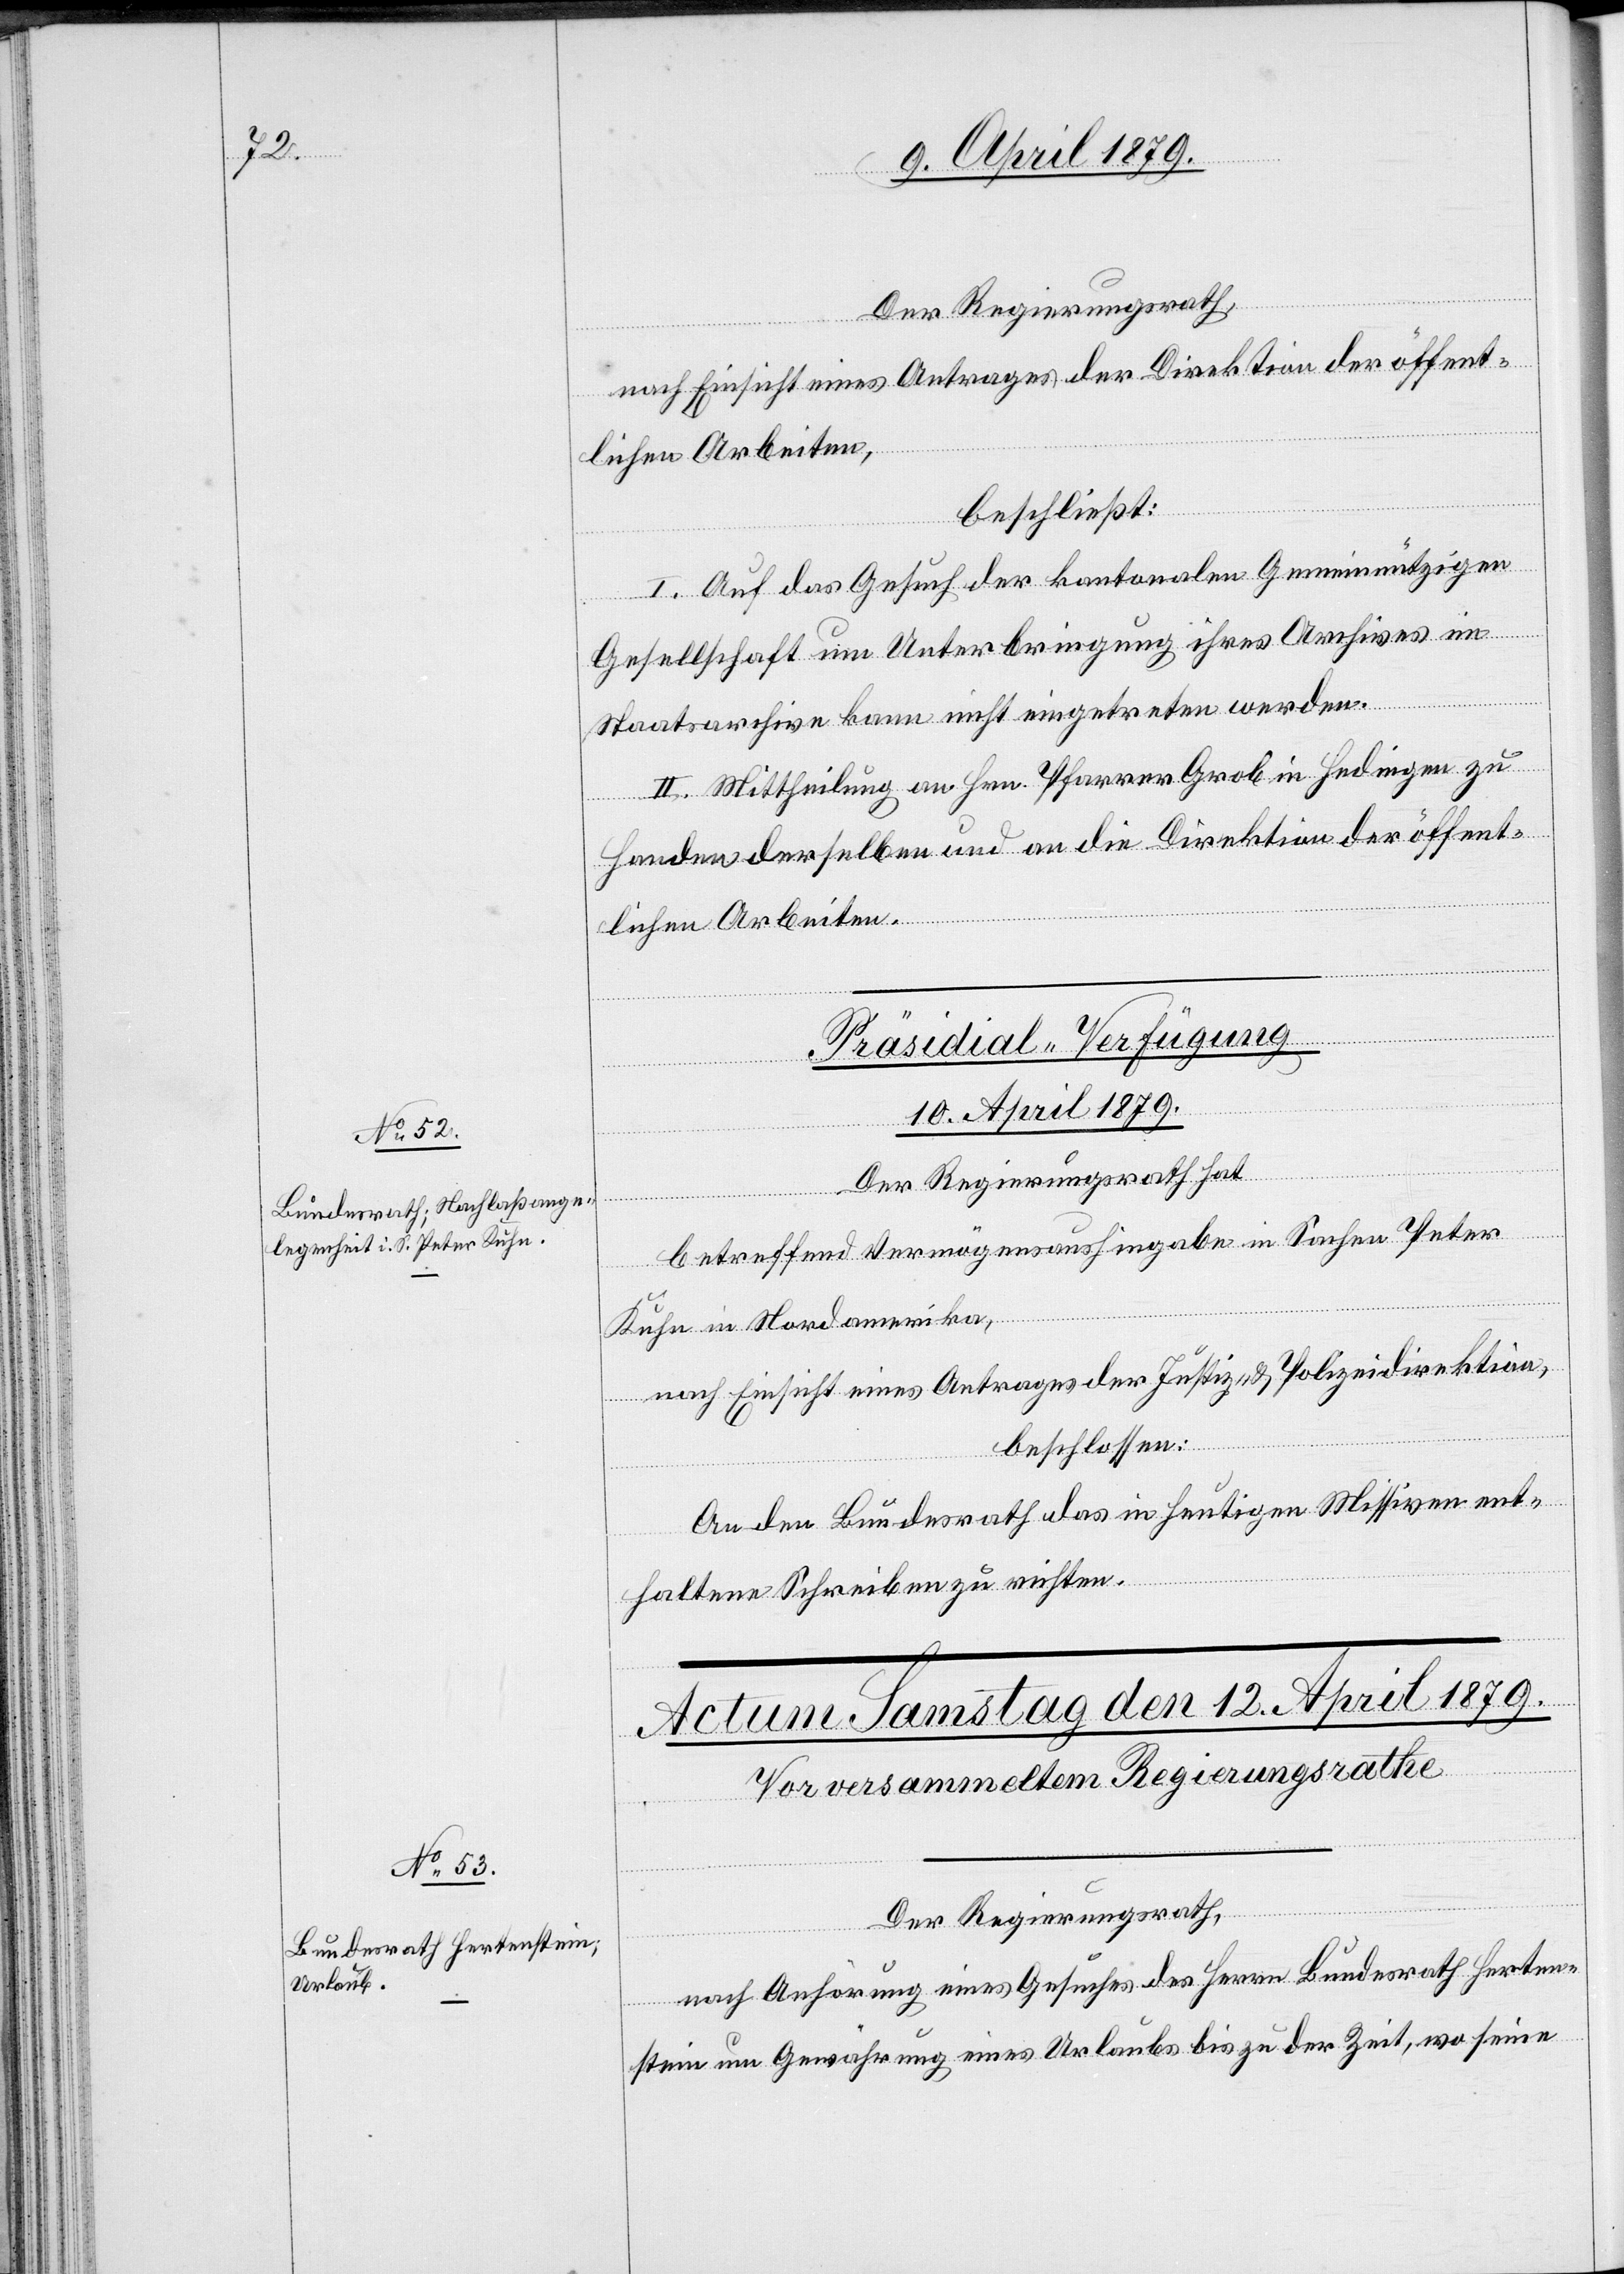
Der Regierungsrath,
nach Einsicht eines Antrages der Direktion der öffent¬
lichen Arbeiten,
beschließt:
I. Auf das Gesuch der kantonalen Gemeinnützigen
Gesellschaft um Unterbringung ihres Archives im
Staatsarchive kann nicht eingetreten werden.
II. Mittheilung an Hrn. Pfarrer Grob in Hedingen zu
Handen derselben und an die Direktion der öffent¬
lichen Arbeiten.
Präsidial-Verfügung
10. April 1879.
Der Regierungsrath hat
betreffend Vermögensaushingabe in Sachen Peter
Kuhn in Nordamerika,
nach Einsicht eines Antrages der Justiz- & Polizeidirektion,
beschlossen:
An den Bundesrath das in heutigen Missiven ent¬
haltene Schreiben zu richten.
Der Regierungsrath,
nach Anhörung eines Gesuches des Herrn Bundesrath Herten¬
stein um Gewährung eines Urlaubs bis zu der Zeit, wo seine